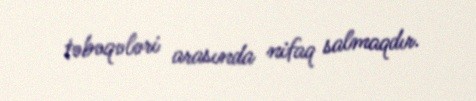
təbəqələri arasında nifaq salmaqdır.